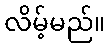
လိမ့်မည်။